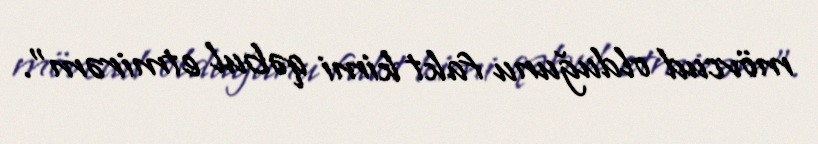
mövcud olduğunu fakt kimi qəbul etmirəm".